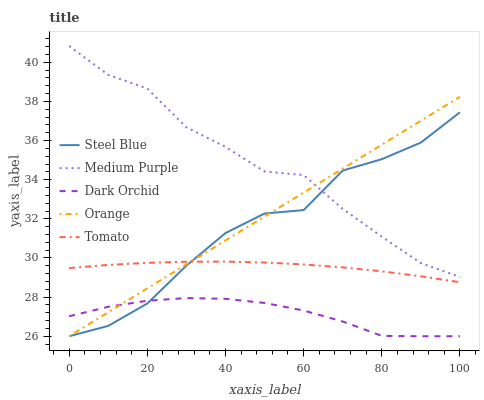
| xaxis_label | Steel Blue | Medium Purple | Dark Orchid | Orange | Tomato |
 | --- | --- | --- | --- | --- | --- |
 | 0 | 26 | 40.8 | 27 | 26 | 29.5 |
 | 10 | 26.5 | 39.4 | 27.5 | 27.2 | 29.6 |
 | 20 | 27.7 | 38.7 | 27.8 | 28.4 | 29.8 |
 | 30 | 29.6 | 36.7 | 28 | 29.7 | 29.8 |
 | 40 | 31.3 | 35.7 | 27.9 | 30.9 | 29.8 |
 | 50 | 32.3 | 34.4 | 27.7 | 32.1 | 29.8 |
 | 60 | 32.4 | 34.2 | 27.3 | 33.3 | 29.7 |
 | 70 | 34.5 | 32.5 | 26.8 | 34.6 | 29.5 |
 | 80 | 35 | 31.1 | 26 | 35.8 | 29.3 |
 | 90 | 35.9 | 29.7 | 26 | 37 | 29.1 |
 | 100 | 37.4 | 29 | 26 | 38.2 | 28.8 |